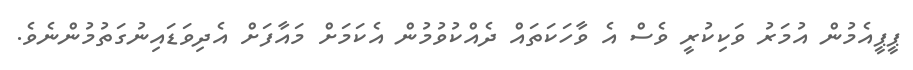
ޕީޕީއެމުން އުމަރު ވަކިކުރީ ވެސް އެ ވާހަކަތައް ދެއްކުވުމުން އެކަމަށް މައާފަށް އެދިވަޑައިނުގަތުމުންނެވެ.